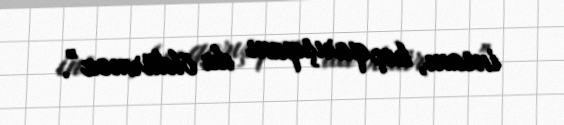
insanı, heç qarışqanı da öldürməz”.